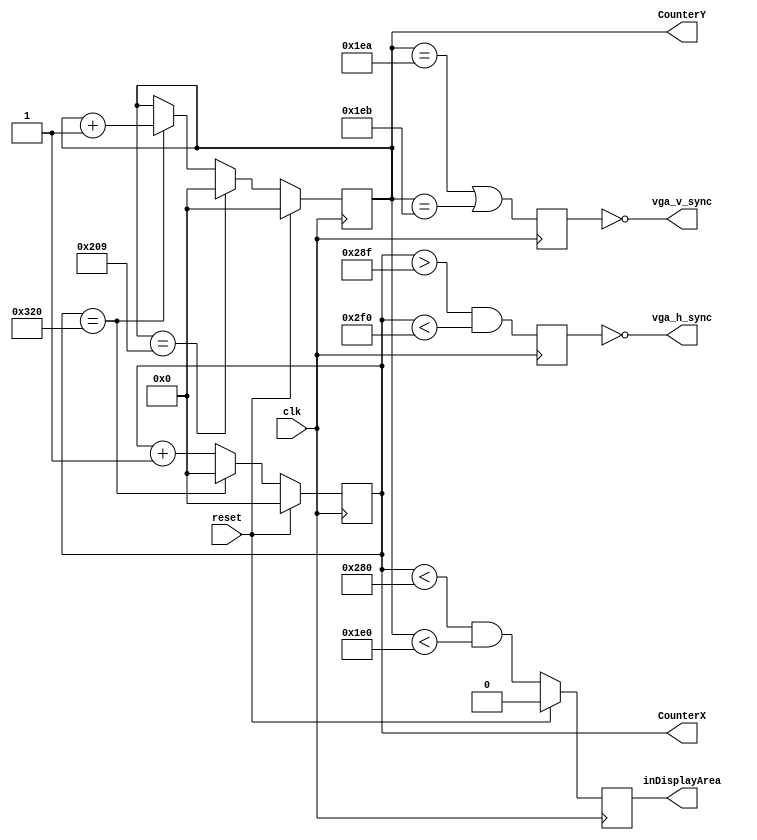
module hvsync_generator(clk, reset,vga_h_sync, vga_v_sync, inDisplayArea, CounterX, CounterY);
input clk;
input reset;
output vga_h_sync, vga_v_sync;
output inDisplayArea;
output [9:0] CounterX;
output [9:0] CounterY;

//////////////////////////////////////////////////
reg [9:0] CounterX;
reg [9:0] CounterY;
reg vga_HS, vga_VS;
reg inDisplayArea;
//increment column counter
always @(posedge clk)
begin
   if(reset)
      CounterX <= 0;
   else if(CounterX==10'h320)	//800
	   CounterX <= 0;
   else
	   CounterX <= CounterX + 1'b1;
end
//increment row counter
always @(posedge clk)
begin
   if(reset)
      CounterY<=0; 
   else if(CounterY==10'h209)    //521
      CounterY<=0;
   else if(CounterX==10'h320)    //800
      CounterY <= CounterY + 1'b1;
end
//generate synchronization signal for both vertical and horizontal
always @(posedge clk)
begin
	vga_HS <= (CounterX > 655 && CounterX < 752); 		// change these values to move the display horizontally
	vga_VS <= (CounterY == 490 || CounterY == 491); 	// change these values to move the display vertically
end 


always @(posedge clk)
   if(reset)
      inDisplayArea<=0;
   else
	   inDisplayArea <= (CounterX<640) && (CounterY<480);
	
assign vga_h_sync = ~vga_HS;
assign vga_v_sync = ~vga_VS;

endmodule